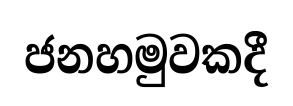
ජනහමුවකදී